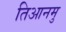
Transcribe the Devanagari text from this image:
तिआनमु